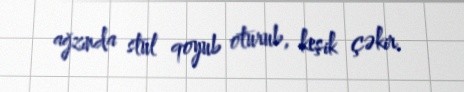
ağzında stul qoyub oturub, keşik çəkir.